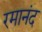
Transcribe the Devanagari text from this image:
रमानंद